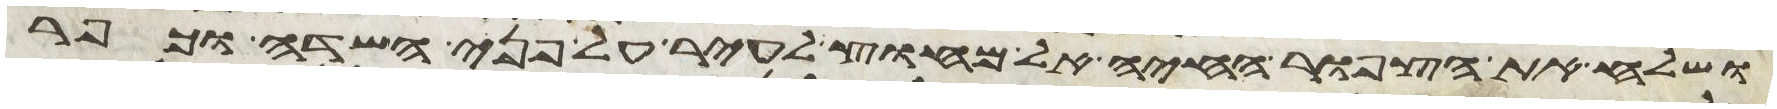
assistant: ושלח את הצפור החיה אל מחוץ לעיר על פני השדה וכפר